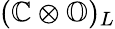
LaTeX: (\mathbb{C}\otimes\mathbb{O})_{L}